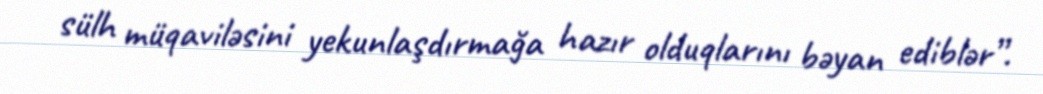
sülh müqaviləsini yekunlaşdırmağa hazır olduqlarını bəyan ediblər”.